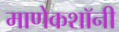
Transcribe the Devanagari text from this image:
माणेकशॉनी